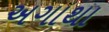
અગાથા